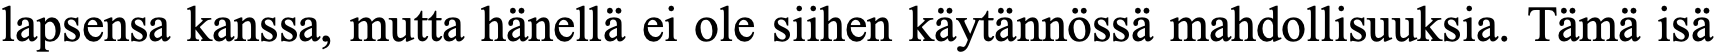
lapsensa kanssa, mutta hänellä ei ole siihen käytännössä mahdollisuuksia. Tämä isä